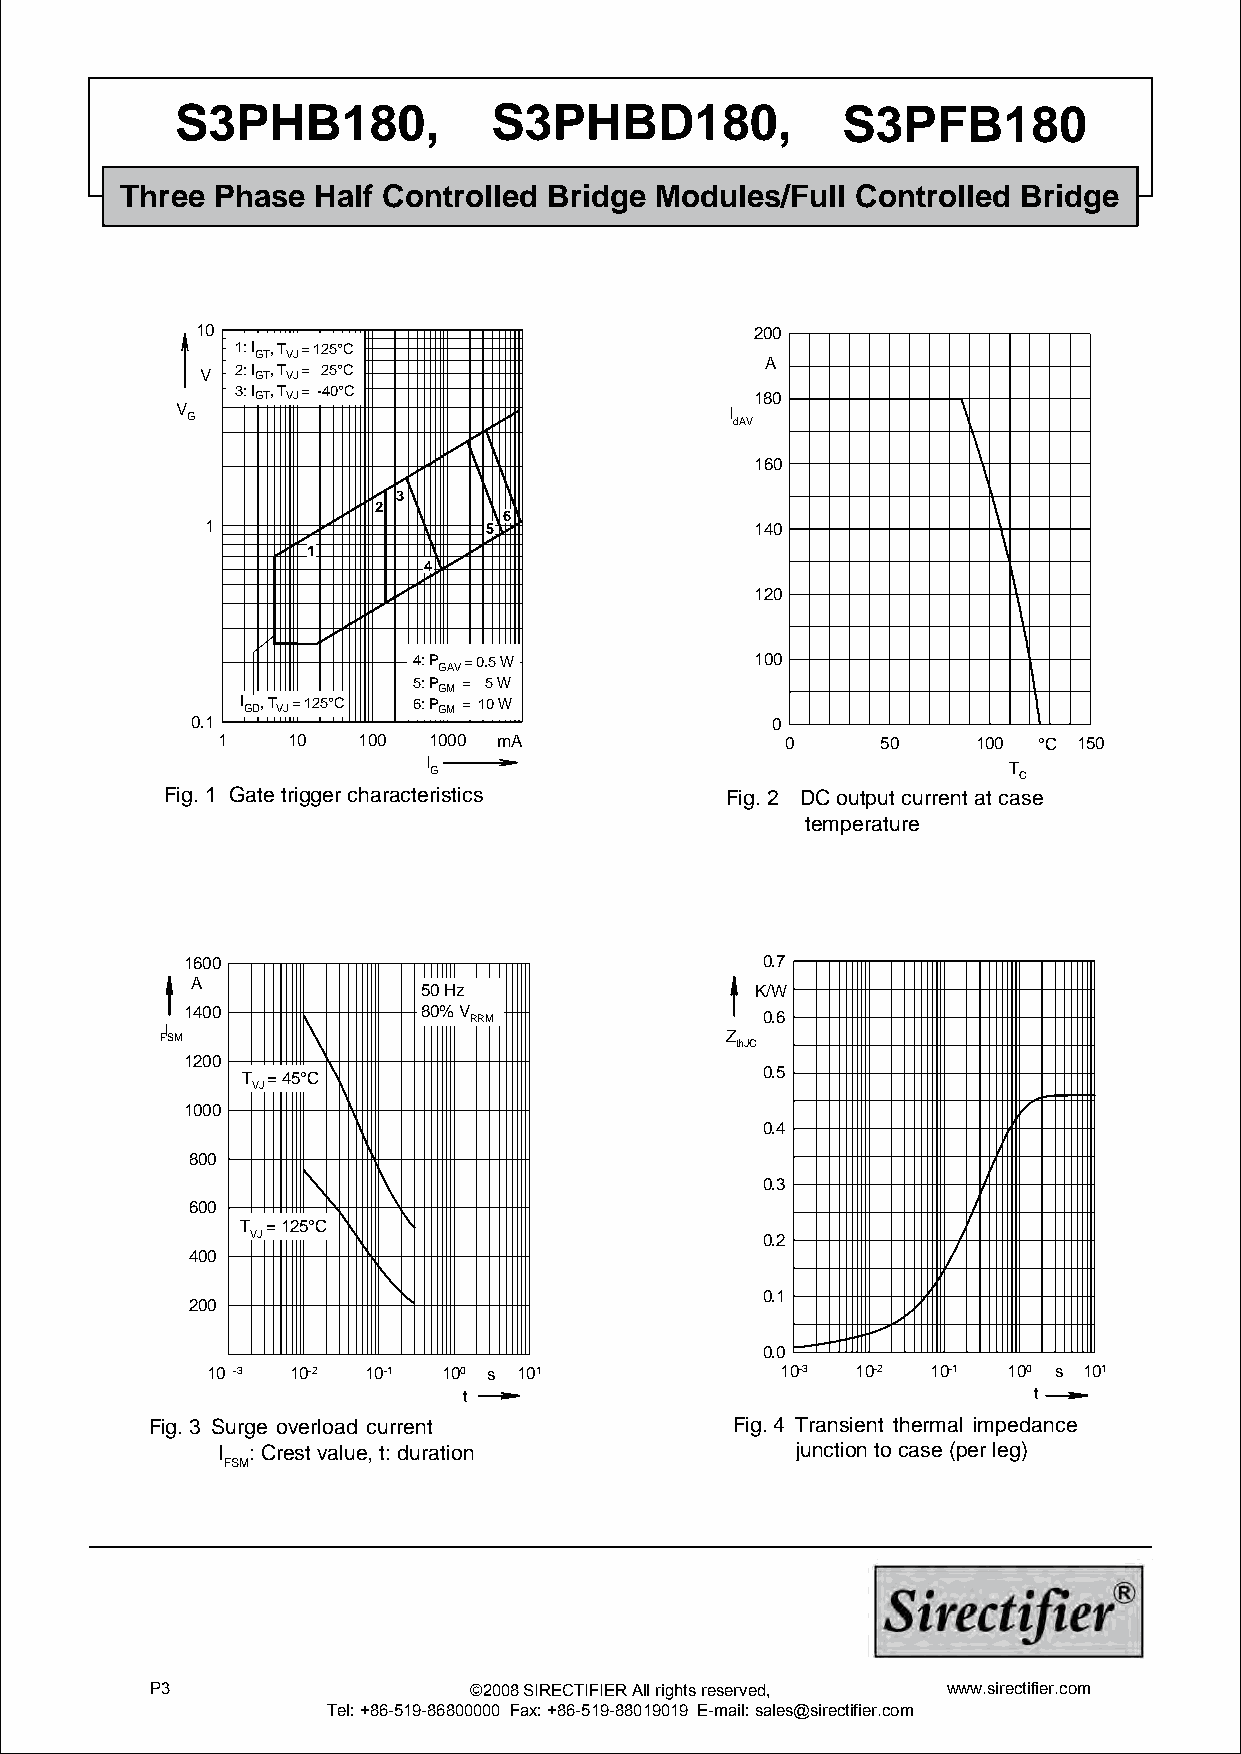
S3PHB180,            S3PHBD180,             S3PFB180
 Three Phase  Half Controlled Bridge Modules/Full Controlled Bridge
 10                                   200
 1: I , T = 125°C
 GT VJ
 A
 V  2: IGT, TVJ = 25°C
 3: IGT, TVJ = -40°C
 180
 V G                                 I dAV
 160
 3
 2
 6
 1                 5                 140
 1
 4
 120
 4: P GAV = 0.5 W       100
 5: PGM = 5 W
 I GD, TVJ = 125°C 6: P
 GM
 = 10 W
 0.1                                   0
 1    10   100 1000 mA                 0     50     100 °C 150
 I G                                    T C
 Fig. 1 Gate trigger characteristics  Fig. 2 DC output current at case
 temperature
 1600                                  0.7
 A
 50 Hz                 K/W
 1400            80% V RRM             0.6
 FI SM                                Z thJC
 1200
 T = 45°C                          0.5
 VJ
 1000
 0.4
 800
 0.3
 600
 T = 125°C
 VJ                               0.2
 400
 0.1
 200
 0.0
 10 -3 10-2 10-1 100 s 101             10-3 10-2 10-1 100 s 101
 t                                    t
 Fig. 3 Surge overload current          Fig. 4 Transient thermal impedance
 I : Crest value, t: duration           junction to case (per leg)
 FSM
 P3                   ©2008 SIRECTIFIER All rights reserved, www.sirectifier.com
 Tel: +86-519-86800000 Fax: +86-519-88019019 E-mail: sales@sirectifier.com